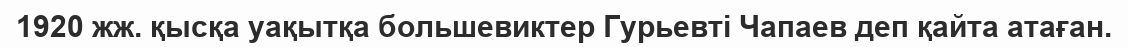
1920 жж. қысқа уақытқа большевиктер Гурьевті Чапаев деп қайта атаған.